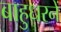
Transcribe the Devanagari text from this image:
बाहुधरनें